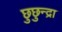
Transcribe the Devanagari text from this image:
छुछुन्द्रा